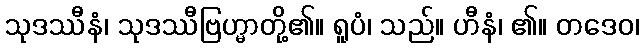
သုဒဿီနံ၊ သုဒဿီဗြဟ္မာတို့၏။ ရူပံ၊ သည်။ ဟီနံ၊ ၏။ တဒေဝ၊